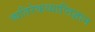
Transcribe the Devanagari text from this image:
व्यतिरेकव्याप्तिज्ञान